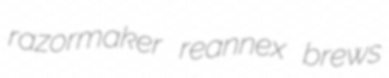
razormaker reannex brews